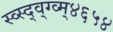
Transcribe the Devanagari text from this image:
स्व्स्द्व्ग्व्म्४६५४